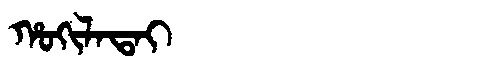
Manchu: ᡥᠣᡴᡳᠯᠠᡨᠠᡳ
Romanization: HOKILATAI